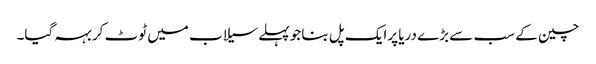
چین کے سب سے بڑے دریا پرایک پل بنا جو پہلےسیلاب میں ٹوٹ کر بہہ گیا۔